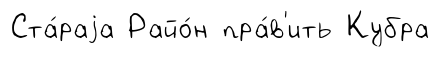
Ста́раjа Райо́н пра́в'ить Кубра